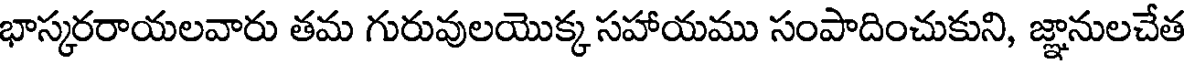
భాస్కరరాయలవారు తమ గురువులయొక్క సహాయము సంపాదించుకుని, జ్ఞానులచేత